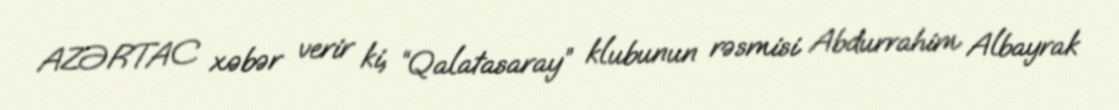
AZƏRTAC xəbər verir ki, “Qalatasaray” klubunun rəsmisi Abdurrahim Albayrak